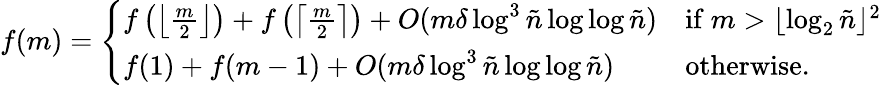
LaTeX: f(m)=\left\{ \begin{array}{ll}{f\left(\left\lfloor\frac{m}{2}\right\rfloor\right)+f\left(\left\lceil\frac{m}{2}\right\rceil\right)+O(m\delta\log^{3}\tilde{n}\log\log\tilde{n})}&{\mathrm{if~}m>\lfloor\log_{2}\tilde{n}\rfloor^{2}}\\ {f(1)+f(m-1)+O(m\delta\log^{3}\tilde{n}\log\log\tilde{n})}&{\mathrm{otherwise}.}\end{array}\right.